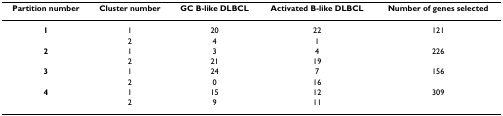
<table><thead><tr><td><b>Partition number</b></td><td><b>Cluster number</b></td><td><b>GC B-like DLBCL</b></td><td><b>Activated B-like DLBCL</b></td><td><b>Number of genes selected</b></td></tr></thead><tbody><tr><td><b>1</b></td><td>1</td><td>20</td><td>22</td><td>121</td></tr><tr><td></td><td>2</td><td>4</td><td>1</td><td></td></tr><tr><td><b>2</b></td><td>1</td><td>3</td><td>4</td><td>226</td></tr><tr><td></td><td>2</td><td>21</td><td>19</td><td></td></tr><tr><td><b>3</b></td><td>1</td><td>24</td><td>7</td><td>156</td></tr><tr><td></td><td>2</td><td>0</td><td>16</td><td></td></tr><tr><td><b>4</b></td><td>1</td><td>15</td><td>12</td><td>309</td></tr><tr><td></td><td>2</td><td>9</td><td>11</td><td></td></tr></tbody></table>